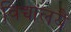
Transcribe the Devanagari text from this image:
विद्यालयैं